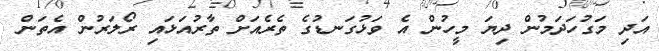
އަދި މަގުހަދަމުން ދިޔަ މީހުން އެ ވަޅުގަނޑުގެ ތެރެއަށް ތާރުއަޅައި ރޯލަރުން އެތަން